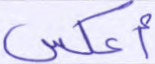
أعكس